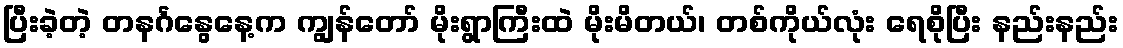
ပြီးခဲ့တဲ့ တနင်္ဂနွေနေ့က ကျွန်တော် မိုးရွာကြီးထဲ မိုးမိတယ်၊ တစ်ကိုယ်လုံး ရေစိုပြီး နည်းနည်း